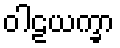
ဝါဠယက္ခာ